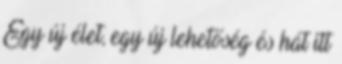
Egy új élet, egy új lehetőség és hát itt